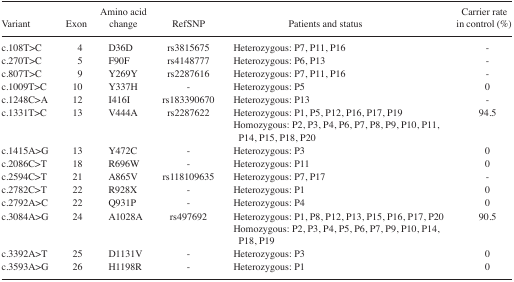
| Variant | Exon | Amino acid change | RefSNP | Patients and status | Carrier rate in control (%) |
 | --- | --- | --- | --- | --- | --- |
 | c.108T>C | 4 | D36D | rs3815675 | Heterozygous: P7, P11, P16 | - |
 | c.270T>C | 5 | F90F | rs4148777 | Heterozygous: P6, P13 | - |
 | c.807T>C | 9 | Y269Y | rs2287616 | Heterozygous: P7, P11, P16 | - |
 | c.1009T>C | 10 | Y337H | - | Heterozygous: P5 | 0 |
 | c.1248C>A | 12 | I416I | rs183390670 | Heterozygous: P13 | - |
 | c.1331T>C | 13 | V444A | rs2287622 | Heterozygous: P1, P5, P12, P16, P17, P19Homozygous: P2, P3, P4, P6, P7, P8, P9, P10, P11, P14, P15, P18, P20 | 94.5 |
 | c.1415A>G | 13 | Y472C | - | Heterozygous: P3 | 0 |
 | c.2086C>T | 18 | R696W | - | Heterozygous: P11 | 0 |
 | c.2594C>T | 21 | A865V | rs118109635 | Heterozygous: P7, P17 | - |
 | c.2782C>T | 22 | R928X | - | Heterozygous: P1 | 0 |
 | c.2792A>C | 22 | Q931P | - | Heterozygous: P4 | 0 |
 | c.3084A>G | 24 | A1028A | rs497692 | Heterozygous: P1, P8, P12, P13, P15, P16, P17, P20Homozygous: P2, P3, P4, P5, P6, P7, P9, P10, P14, P18, P19 | 90.5 |
 | c.3392A>T | 25 | D1131V | - | Heterozygous: P3 | 0 |
 | c.3593A>G | 26 | H1198R | - | Heterozygous: P1 | 0 |